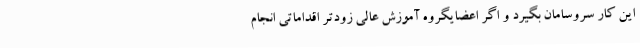
این کار سروسامان بگیرد و اگر اعضایگروه آموزش عالی زودتر اقداماتی انجام